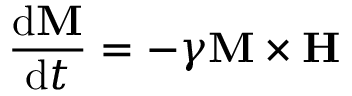
\frac { \mathrm { d } \mathbf { M } } { \mathrm { d } t } = - \gamma \mathbf { M } \times \mathbf { H }